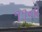
૧૧નો